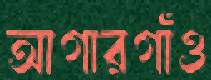
আগারগাঁও